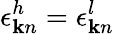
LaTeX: \epsilon_{{\mathbf k}n}^{h}=\epsilon_{{\mathbf k}n}^{l}